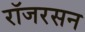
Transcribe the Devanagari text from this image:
रॉजरसन